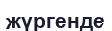
жүргенде